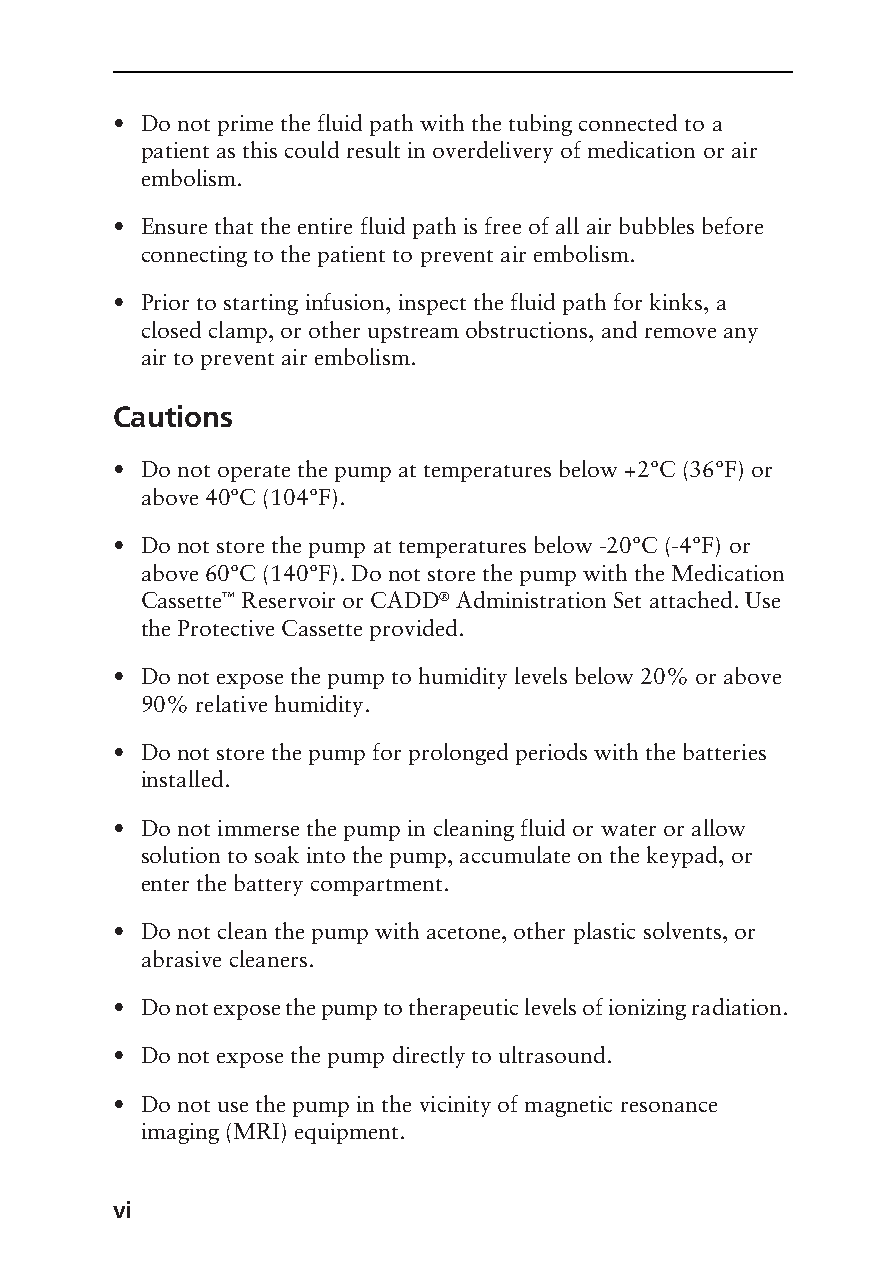
• Do not prime the fluid path with the tubing connected to a
 patient as this could result in overdelivery of medication or air
 embolism.
 • Ensure that the entire fluid path is free of all air bubbles before
 connecting to the patient to prevent air embolism.
 • Prior to starting infusion, inspect the fluid path for kinks, a
 closed clamp, or other upstream obstructions, and remove any
 air to prevent air embolism.
 Cautions
 • Do not operate the pump at temperatures below +2°C (36°F) or
 above 40°C (104°F).
 • Do not store the pump at temperatures below -20°C (-4°F) or
 above 60°C (140°F). Do not store the pump with the Medication
 Cassette™ Reservoir or CADD® Administration Set attached. Use
 the Protective Cassette provided.
 • Do not expose the pump to humidity levels below 20% or above
 90% relative humidity.
 • Do not store the pump for prolonged periods with the batteries
 installed.
 • Do not immerse the pump in cleaning fluid or water or allow
 solution to soak into the pump, accumulate on the keypad, or
 enter the battery compartment.
 • Do not clean the pump with acetone, other plastic solvents, or
 abrasive cleaners.
 • Do not expose the pump to therapeutic levels of ionizing radiation.
 • Do not expose the pump directly to ultrasound.
 • Do not use the pump in the vicinity of magnetic resonance
 imaging (MRI) equipment.
 vi
 PROOF (LR #3086), 2000-03-16 «3935-51D Cover, Legacy 1»